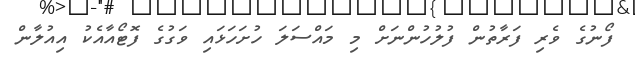
ފޯނުގެ ވެރި ފަރާތުން ފުލުހުންނަށް މި މައްސަލަ ހުށަހަޅައި ވަގުގެ ފޮޓޯއާއެކު އިއުލާން